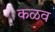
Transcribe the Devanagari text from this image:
कळव